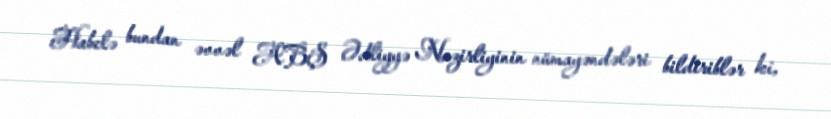
Habelə bundan əvvəl ABŞ Ədliyyə Nazirliyinin nümayəndələri bildiriblər ki,